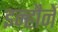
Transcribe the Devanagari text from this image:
इन्हौने